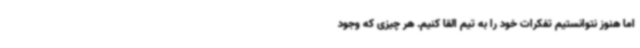
اما هنوز نتوانستیم تفکرات خود را به تیم القا کنیم. هر چیزی که وجود